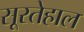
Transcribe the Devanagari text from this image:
सूरतेहाल